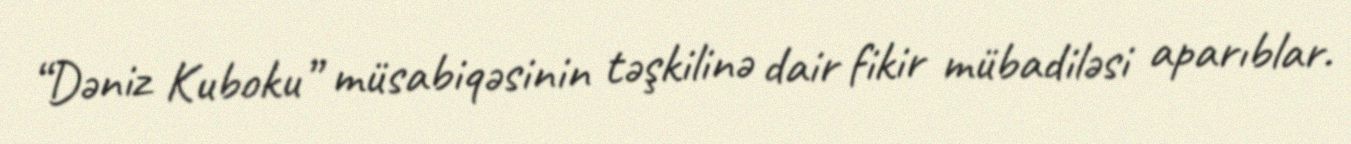
“Dəniz Kuboku” müsabiqəsinin təşkilinə dair fikir mübadiləsi aparıblar.